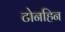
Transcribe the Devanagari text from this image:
टोनहिन